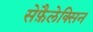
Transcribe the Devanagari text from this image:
सेफ़ैलेक्सिन